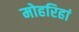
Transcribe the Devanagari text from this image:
मोहरिहां